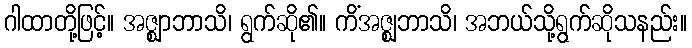
ဂါထာတို့ဖြင့်။ အဇ္ဈာဘာသိ၊ ရွက်ဆို၏။ ကိံအဇ္ဈဘာသိ၊ အဘယ်သို့ရွက်ဆိုသနည်း။